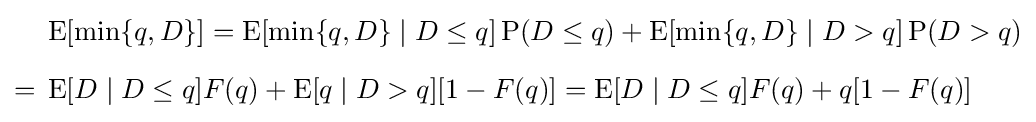
{\begin{aligned}&\operatorname {E} [\min\{q,D\}]=\operatorname {E} [\min\{q,D\}\mid D\leq q]\operatorname {P} (D\leq q)+\operatorname {E} [\min\{q,D\}\mid D>q]\operatorname {P} (D>q)\\[6pt]={}&\operatorname {E} [D\mid D\leq q]F(q)+\operatorname {E} [q\mid D>q][1-F(q)]=\operatorname {E} [D\mid D\leq q]F(q)+q[1-F(q)]\end{aligned}}